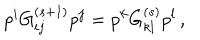
p ^ { i } G _ { i j } ^ { ( s + 1 ) } p ^ { j } = p ^ { k } G _ { k l } ^ { ( s ) } p ^ { l } \, ,